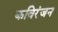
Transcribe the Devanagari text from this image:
कविरंजन